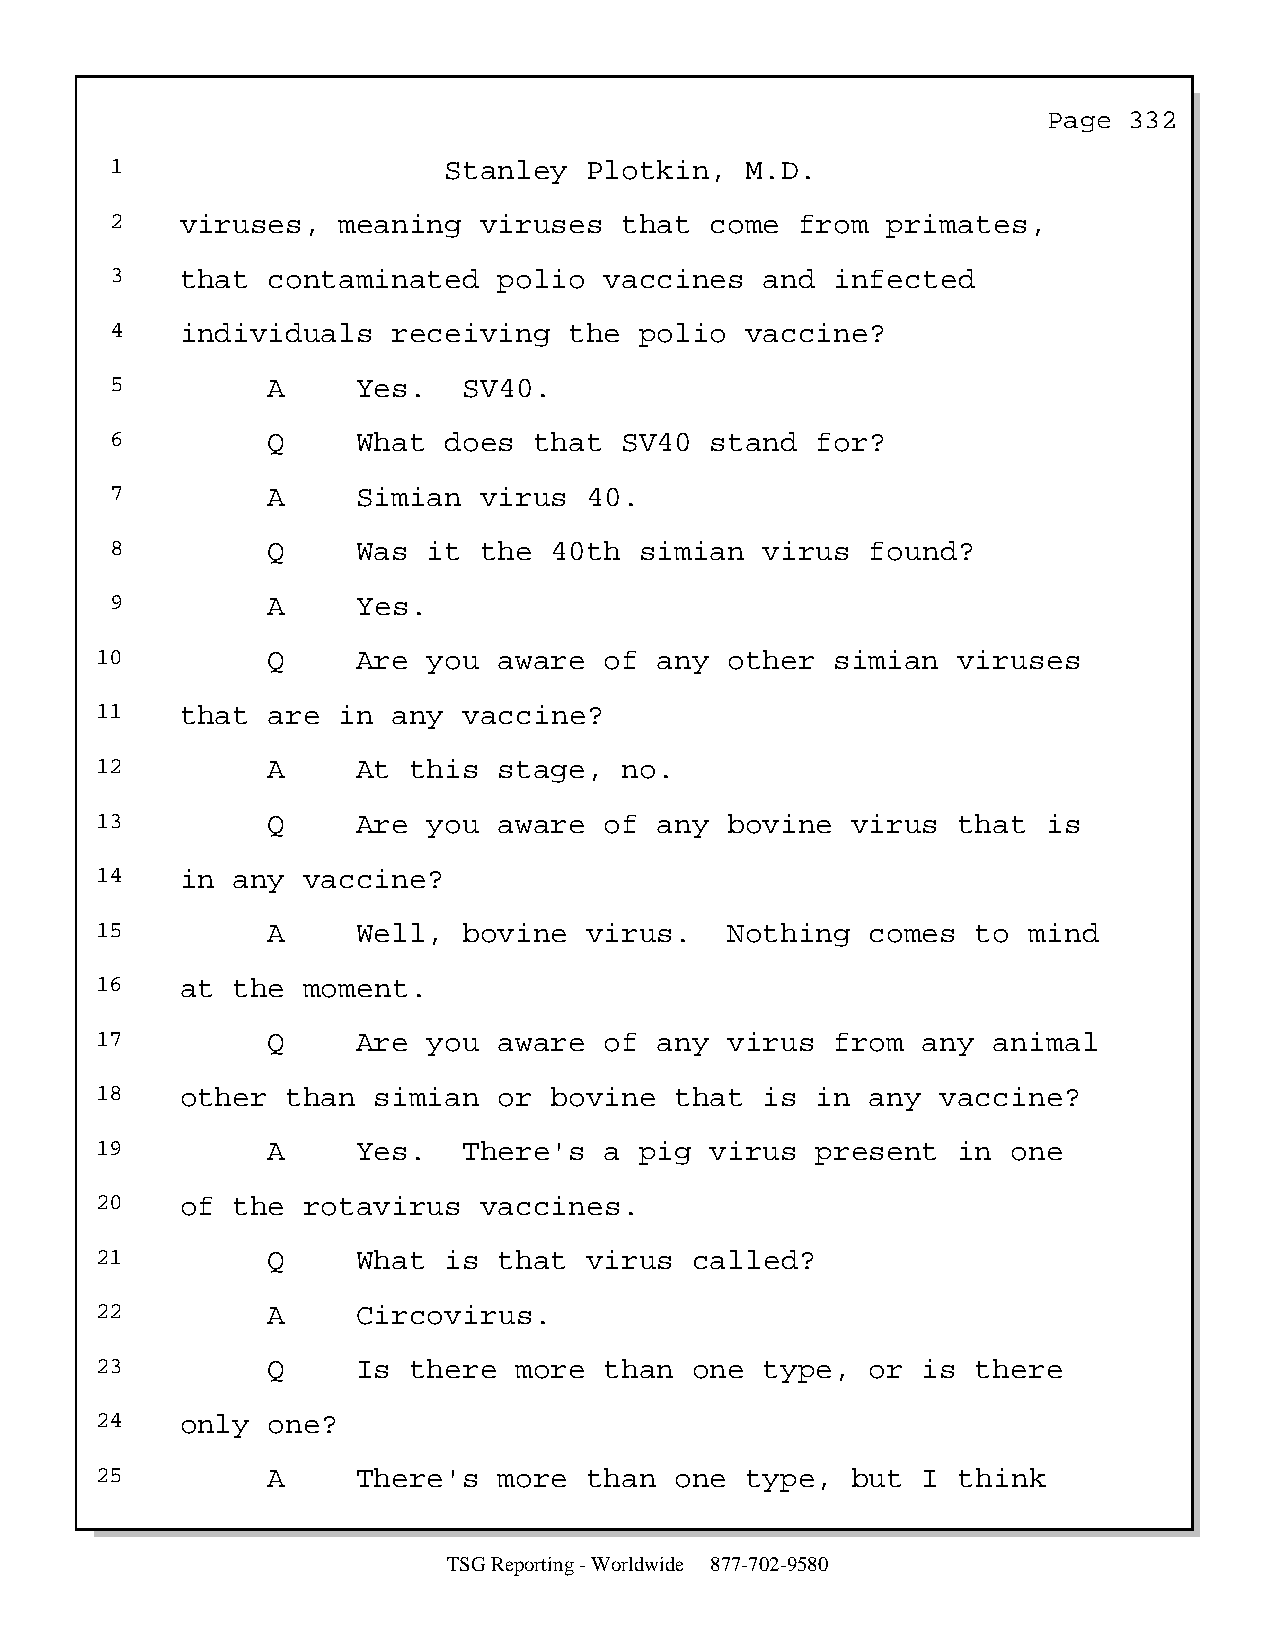
Page  332
 1                     Stanley   Plotkin,  M.D.
 2    viruses,  meaning   viruses  that  come  from  primates,
 3    that  contaminated   polio  vaccines   and infected
 4    individuals   receiving   the polio  vaccine?
 5          A     Yes.   SV40.
 6          Q     What does  that  SV40  stand  for?
 7          A     Simian  virus  40.
 8          Q     Was it  the 40th  simian   virus  found?
 9          A     Yes.
 10          Q     Are you  aware  of  any other  simian  viruses
 11    that  are in  any  vaccine?
 12          A     At this  stage,  no.
 13          Q     Are you  aware  of  any bovine  virus  that  is
 14    in any  vaccine?
 15          A     Well,  bovine  virus.   Nothing   comes  to mind
 16    at the  moment.
 17          Q     Are you  aware  of  any virus  from  any  animal
 18    other  than  simian  or bovine   that  is in  any vaccine?
 19          A     Yes.   There's  a pig  virus  present  in  one
 20    of the  rotavirus   vaccines.
 21          Q     What is  that  virus  called?
 22          A     Circovirus.
 23          Q     Is there  more  than  one  type,  or is  there
 24    only  one?
 25          A     There's  more  than  one type,  but  I think
 TSG Reporting - Worldwide 877-702-9580